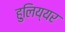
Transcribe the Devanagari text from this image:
हुलिय्यर